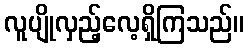
လူပျိုလှည့်လေ့ရှိကြသည်။